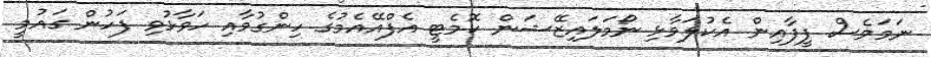
ނަމަވެސް ފީފާއިން އެކުލަވާޅި ނޯމަލައިޒޭޝަން ކޮމެޓީ އެފްއޭއެމުގެ ހިންގުމާއި ހަވާޅުވި ފަހުން ގައުމީ